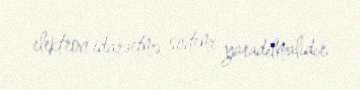
elektron idarəetmə sistemi yaradılmalıdır.